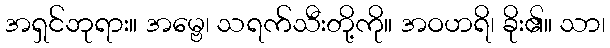
အရှင်ဘုရား။ အမ္ဗေ၊ သရက်သီးတို့ကို။ အဝဟရိ၊ ခိုး၏။ သာ၊